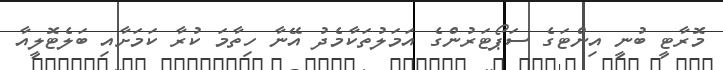
މޮރާޓީ ބުނީ އިންޓަގެ ސަޕޯޓަރުންގެ އަމަލުތަކާމެދު އޭނާ ހިތާމަ ކުރާ ކަމަށާއި ބަލެޓޮލީއާ